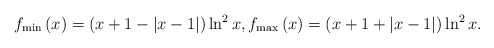
\begin{align*}f_{\min }\left( x\right) =\left( x+1-\left\vert x-1\right\vert \right) \ln^{2}x,f_{\max }\left( x\right) =\left( x+1+\left\vert x-1\right\vert\right) \ln ^{2}x. \end{align*}